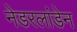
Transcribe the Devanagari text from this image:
नेडरलांडेन